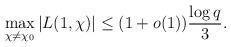
LaTeX: \begin{align*}\max_{\chi \not=\chi_0}|L(1,\chi)| \leq (1+o(1)) \frac{\log q}{3}.\end{align*}